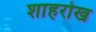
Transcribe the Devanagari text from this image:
शाहरोख